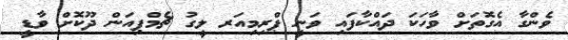
ވެންގާ އެގޮތަށް ވާހަކަ ދައްކާފައި ވަނީ ޕްރިމިއަރ ލީގު ޗެމްޕިއަން ދޫކޮށް ވާޑީ